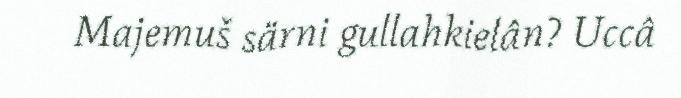
Majemuš särni gullahkielân? Uccâ